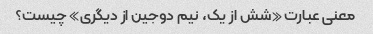
معنی عبارت «شش از یک، نیم دوجین از دیگری» چیست؟